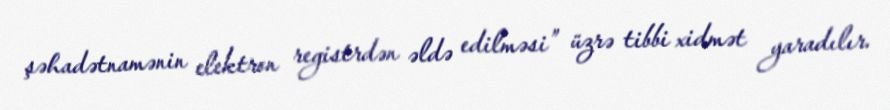
şəhadətnamənin elektron registrdən əldə edilməsi” üzrə tibbi xidmət yaradılır.